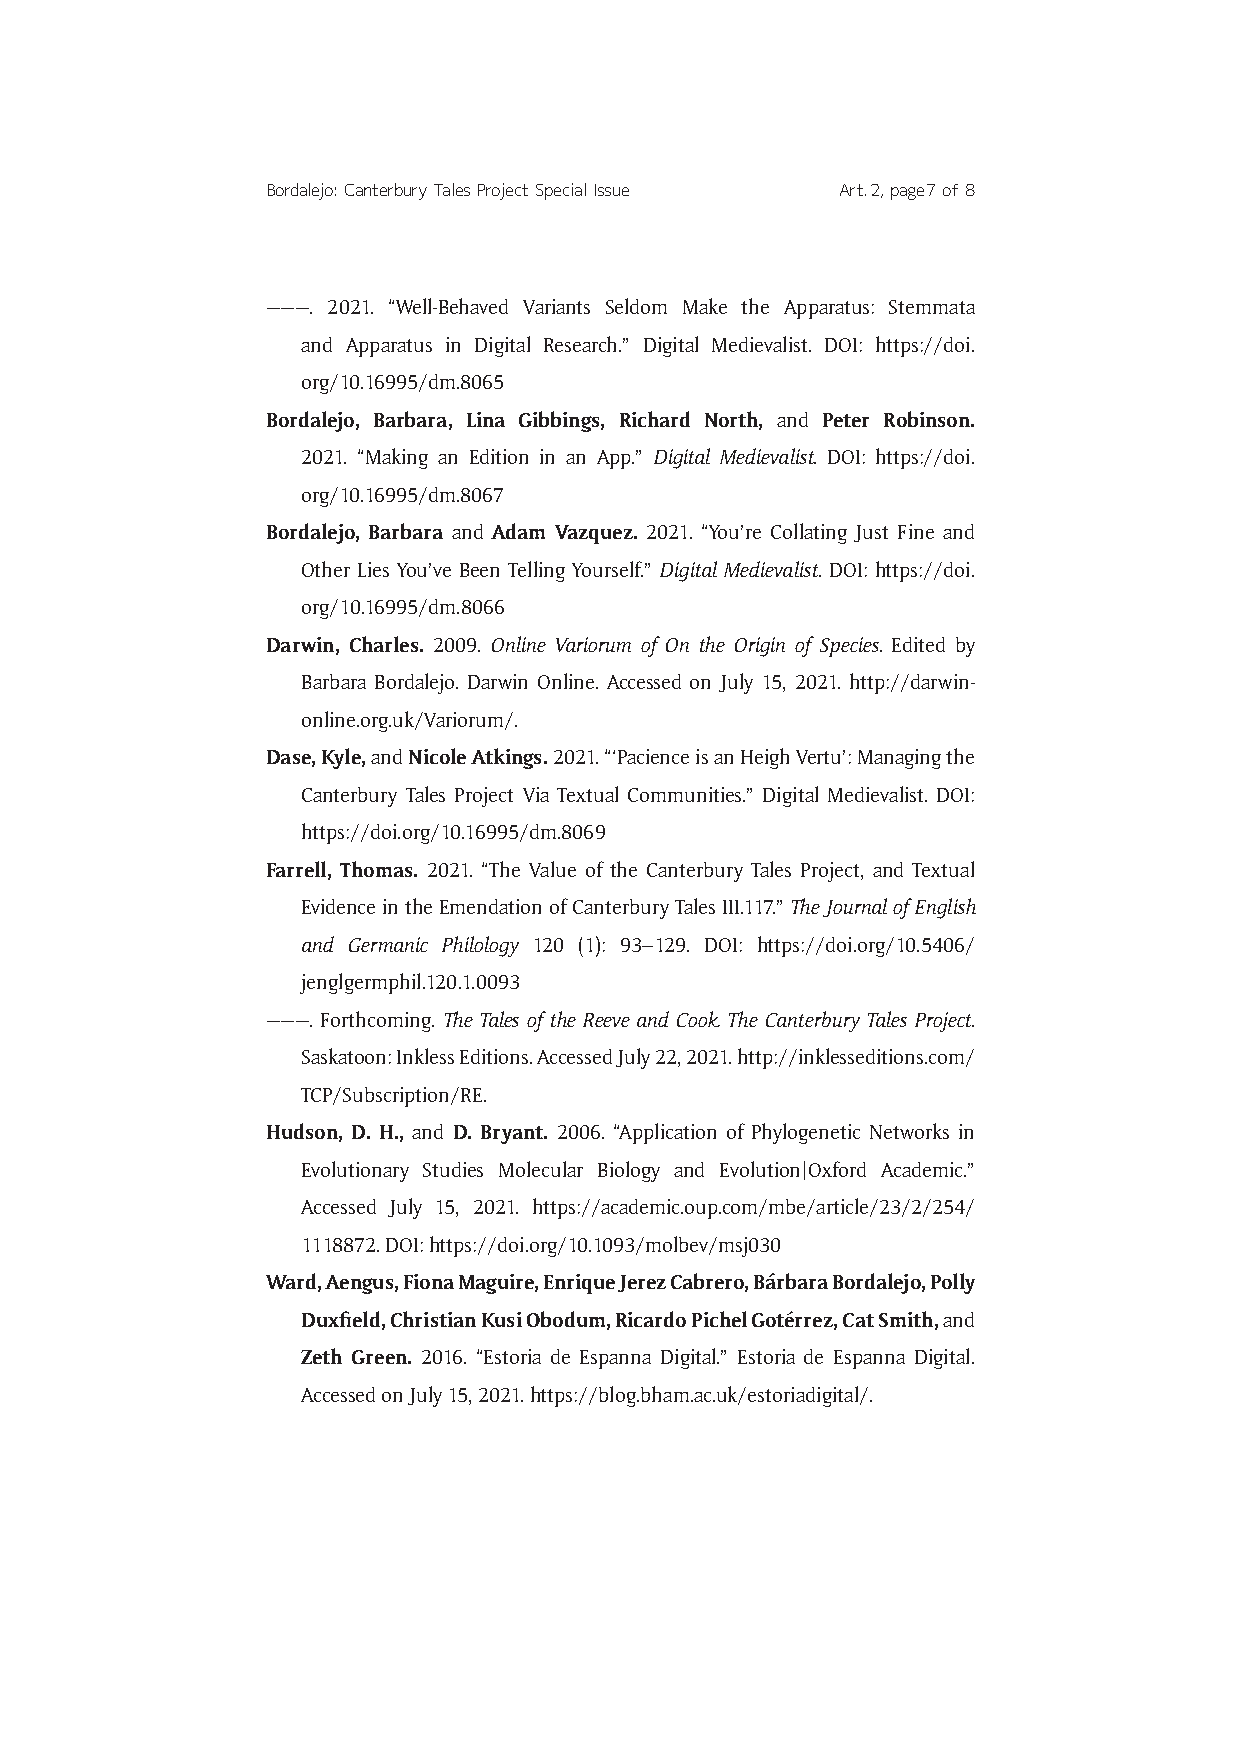
Bordalejo: Canterbury Tales Project Special Issue Art. 2, page 7 of 8
 ———. 2021. “Well-Behaved Variants Seldom Make the Apparatus: Stemmata
 and Apparatus in Digital Research.” Digital Medievalist. DOI: https://doi.
 org/10.16995/dm.8065
 Bordalejo, Barbara, Lina Gibbings, Richard North, and Peter Robinson.
 2021. “Making an Edition in an App.” Digital Medievalist. DOI: https://doi.
 org/10.16995/dm.8067
 Bordalejo, Barbara and Adam Vazquez. 2021. “You’re Collating Just Fine and
 Other Lies You’ve Been Telling Yourself.” Digital Medievalist. DOI: https://doi.
 org/10.16995/dm.8066
 Darwin, Charles. 2009. Online Variorum of On the Origin of Species. Edited by
 Barbara Bordalejo. Darwin Online. Accessed on July 15, 2021. http://darwin-
 online.org.uk/Variorum/.
 Dase, Kyle, and Nicole Atkings. 2021. “‘Pacience is an Heigh Vertu’: Managing the
 Canterbury Tales Project Via Textual Communities.” Digital Medievalist. DOI:
 https://doi.org/10.16995/dm.8069
 Farrell, Thomas. 2021. “The Value of the Canterbury Tales Project, and Textual
 Evidence in the Emendation of Canterbury Tales III.117.” The Journal of English
 and Germanic Philology 120 (1): 93–129. DOI: https://doi.org/10.5406/
 jenglgermphil.120.1.0093
 ———. Forthcoming. The Tales of the Reeve and Cook. The Canterbury Tales Project.
 Saskatoon: Inkless Editions. Accessed July 22, 2021. http://inklesseditions.com/
 TCP/Subscription/RE.
 Hudson, D. H., and D. Bryant. 2006. “Application of Phylogenetic Networks in
 Evolutionary Studies Molecular Biology and Evolution|Oxford Academic.”
 Accessed July 15, 2021. https://academic.oup.com/mbe/article/23/2/254/
 1118872. DOI: https://doi.org/10.1093/molbev/msj030
 Ward, Aengus, Fiona Maguire, Enrique Jerez Cabrero, Bárbara Bordalejo, Polly
 Duxfield, Christian Kusi Obodum, Ricardo Pichel Gotérrez, Cat Smith, and
 Zeth Green. 2016. “Estoria de Espanna Digital.” Estoria de Espanna Digital.
 Accessed on July 15, 2021. https://blog.bham.ac.uk/estoriadigital/.